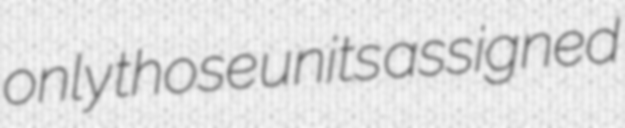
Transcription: only those units assigned